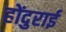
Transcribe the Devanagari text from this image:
होंदुराई